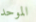
الموحد